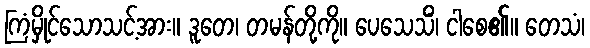
ကြံမှိုင်သောသင့်အား။ ဒူတေ၊ တမန်တို့ကို။ ပေသေသိံ၊ ငါစေ၏။ တေသံ၊